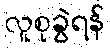
လူစုခွဲရန်